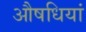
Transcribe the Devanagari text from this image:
औषधियां